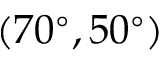
( 7 0 ^ { \circ } , 5 0 ^ { \circ } )